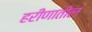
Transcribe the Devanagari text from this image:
हरीणातील